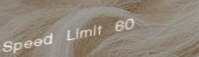
Speed Limit 60